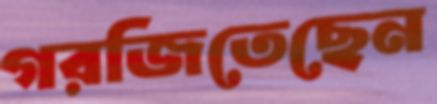
গরজিতেছেন